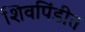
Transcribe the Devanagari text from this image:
शिवपिंडीत